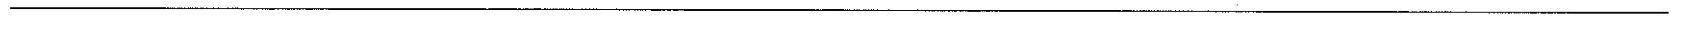
___